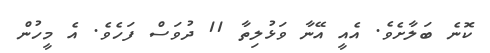
ކޮނެ ބަލާށެވެ. އެއީ އޭނާ ވަޅުލިތާ 11 ދުވަސް ފަހެވެ. އެ މީހުން